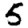
Digit: 5